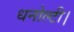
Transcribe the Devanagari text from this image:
धनोल्टी।